Indian journal of veterinary science and animal husbandry - Volumes 28-29, 1958-1959
Year: 1958
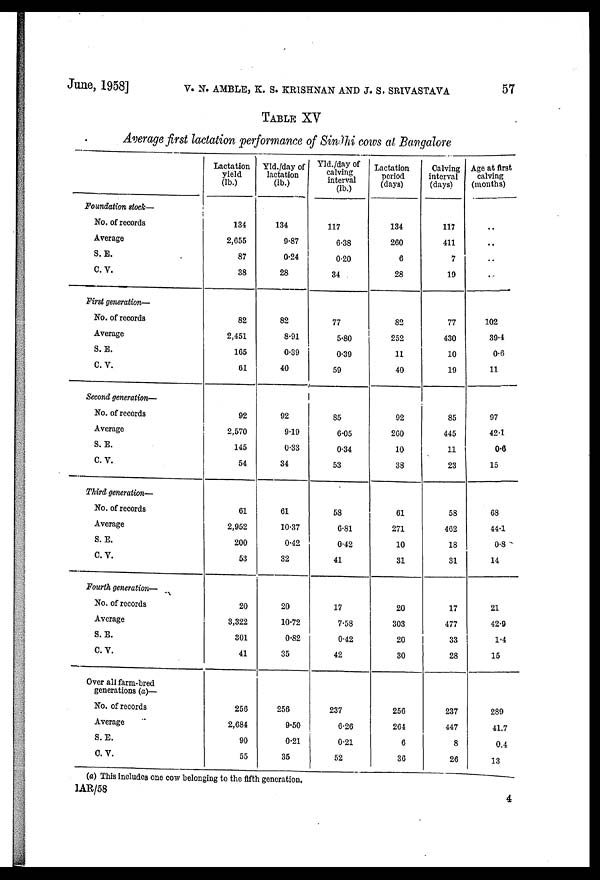
June, 1958] V. N. AMBLE, K. S. KRISHNAN AND J. S. SRIVASTAVA 57
TABLE XV
Average first lactation performance of Sindhi cows at Bangalore
Foundation stock—
No. of records
Average
S. E.
C. V.
First generation—
No. of records
Average
S. E.
C. V.
Second generation—
No. of records
Average
S. E.
C. V.
Third generation—
No. of records
Average
S. E.
C. V.
Fourth generation—
No. of records
Average
S. E.
C. V.
Over all farm-bred
generations (a)—
No. of records
Average
S. E.
C. V.
Lactation
yield
(lb.)
134
2,655
87
38
82
2,451
165
61
92
2,570
145
54
61
2,952
200
53
20
3,322
301
41
256
2,684
90
55
Yld./day of
lactation
(lb.)
134
9.87
0.24
28
82
8.91
0.39
40
92
9.19
0.33
34
61
10.37
0.42
32
20
10.72
0.82
35
256
9.50
0.21
35
Yld./day of
calving
interval
(lb.)
117
6.38
0.20
34
77
5.80
0.39
59
85
6.05
0.34
53
58
6.81
0.42
41
17
7.58
0.42
42
237
6.26
0.21
52
Lactation
period
(days)
134
260
6
28
82
252
11
40
92
260
10
38
61
271
10
31
20
303
20
30
250
264
6
36
Calving
interval
(days)
117
411
7
19
77
430
10
19
85
445
11
23
58
462
18
31
17
477
33
28
237
447
8
26
Age at first
calving
(months)
..
..
..
..
102
39.4
0.6
11
97
42.1
0.6
15
68
44.1
0.8
14
21
42.9
1.4
15
289
41.7
0.4
13
(a) This includes one cow belonging to the fifth generation.
1AR/58
4